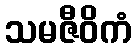
သမဇီဝိကံ